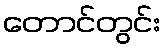
တောင်တွင်း